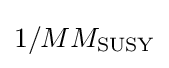
{\textstyle 1/MM_{\text{SUSY}}}